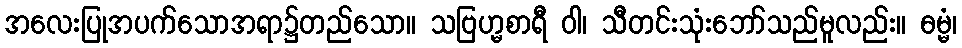
အလေးပြုအပက်သောအရာ၌တည်သော။ သဗြဟ္မစာရီ ဝါ၊ သီတင်းသုံးဘော်သည်မူလည်း။ ဓမ္မံ၊